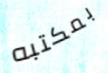
بمكتبه